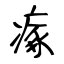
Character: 瘃